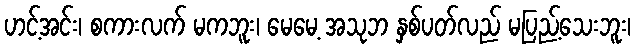
ဟင့်အင်း၊ စကားလက် မကဘူး၊ မေမေ့ အသုဘ နှစ်ပတ်လည် မပြည့်သေးဘူး၊